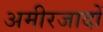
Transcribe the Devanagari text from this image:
अमीरजादों